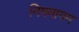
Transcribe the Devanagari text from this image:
निगमागम